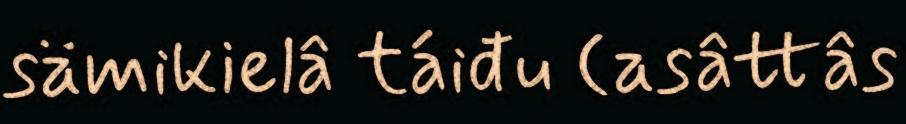
sämikielâ táiđu (asâttâs